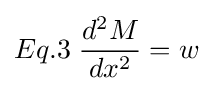
Eq.3\;{\frac {d^{2}M}{dx^{2}}}=w